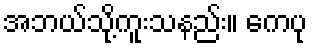
အဘယ်သို့ကူးသနည်း။ ကေပု